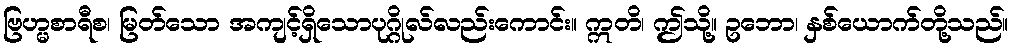
ဗြဟ္မစာရီစ၊ မြတ်သော အကျင့်ရှိသောပုဂ္ဂိုလ်လည်းကောင်း။ ဣတိ၊ ဤသို့။ ဥဘော၊ နှစ်ယောက်တို့သည်။